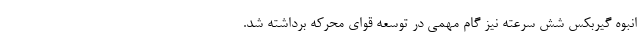
انبوه گیربکس شش سرعته نیز گام مهمی در توسعه قوای محرکه برداشته شد.